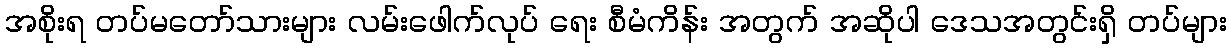
အစိုးရ တပ်မတော်သားများ လမ်းဖေါက်လုပ် ရေး စီမံကိန်း အတွက် အဆိုပါ ဒေသအတွင်းရှိ တပ်များ